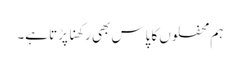
ہم محفلوں کا پاس بھی رکھنا پڑتا ہے۔